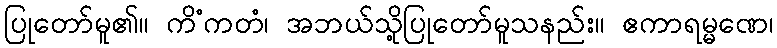
ပြုတော်မူ၏။ ကိံကတံ၊ အဘယ်သို့ပြုတော်မူသနည်း။ ဧကာရမ္မဏေ၊